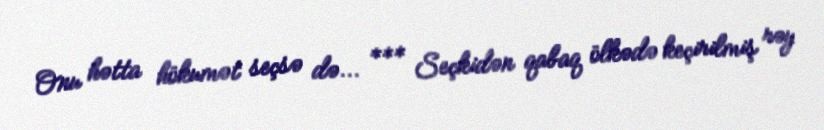
Onu hətta hökumət seçsə də... *** Seçkidən qabaq ölkədə keçirilmiş rəy